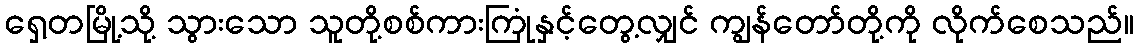
ရှေ့တမြို့သို့ သွားသော သူတို့စစ်ကားကြုံနှင့်တွေ့လျှင် ကျွန်တော်တို့ကို လိုက်စေသည်။